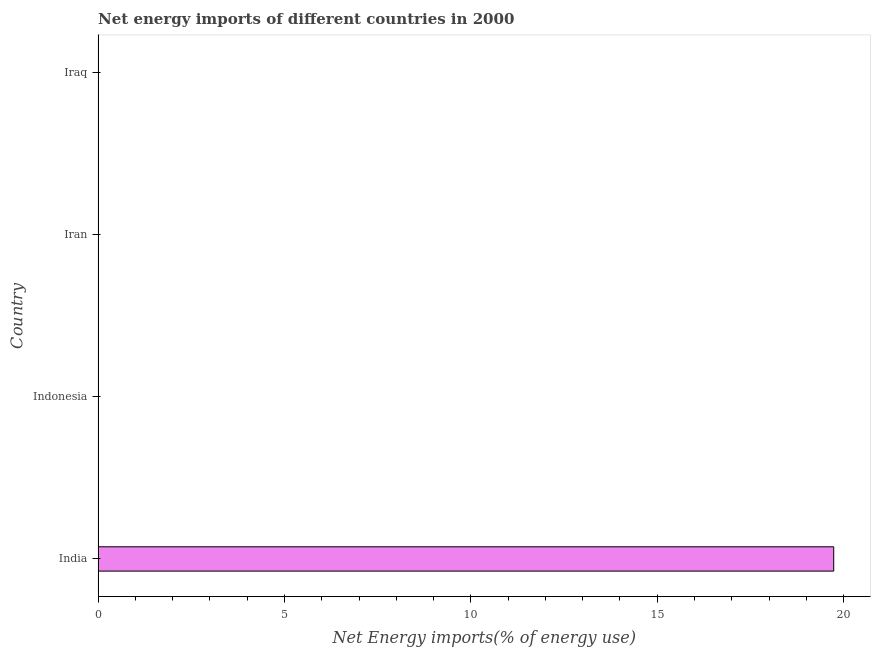
| Country | Energy imports |
 | --- | --- |
 | India | 19.7 |
 | Indonesia | -52.6 |
 | Iran | -106 |
 | Iraq | -420 |